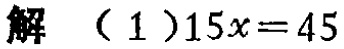
解 （1）\(15x = 45\)